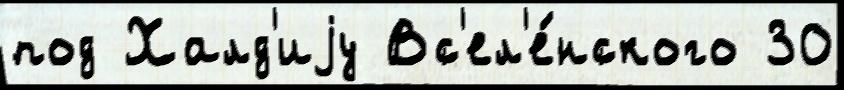
под Халд'иjу Вс'ел'е́нского 30